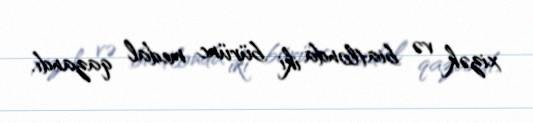
xizək və biatlonda iki bürünc medal qazandı.